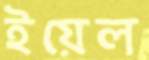
ইয়েল